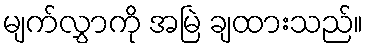
မျက်လွှာကို အမြဲ ချထားသည်။